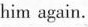
him again.